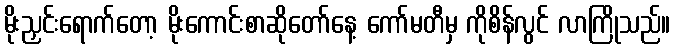
မိုးညှင်းရောက်တော့ မိုးကောင်းစာဆိုတော်နေ့ ကော်မတီမှ ကိုစိန်လွင် လာကြိုသည်။